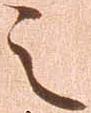
之